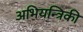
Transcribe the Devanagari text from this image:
अभियन्त्रिकी